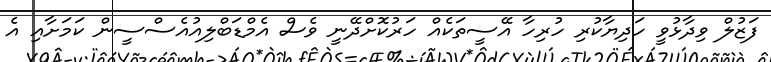
ފަޒުލް ވިދާޅުވީ ހަދިޔާކުރި ހުރިހާ އޭސީތަކެއް ހަރުކޮށްދޭނީ ވެސް އެމްޑަބްލިއުއެސްސީން ކަމަށާއި އެ